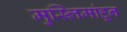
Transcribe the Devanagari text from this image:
मुस्लिमांहून